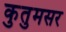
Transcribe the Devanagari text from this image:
कुतुमसर